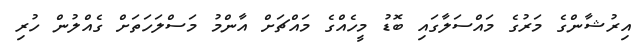
އިރުޝާންގެ މަރުގެ މައްސަލާގައި ބޮޑު މީހެއްގެ މައްޗަށް އާންމު މަސްލަހަތަށް ގެއްލުން ހުރި